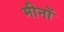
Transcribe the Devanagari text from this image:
मीनों